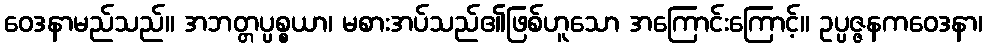
ဝေဒနာမည်သည်။ အဘတ္တပ္ပစ္စယာ၊ မစားအပ်သည်၏ဖြစ်ဟူသော အကြောင်းကြောင့်။ ဥပ္ပဇ္ဇနကဝေဒနာ၊